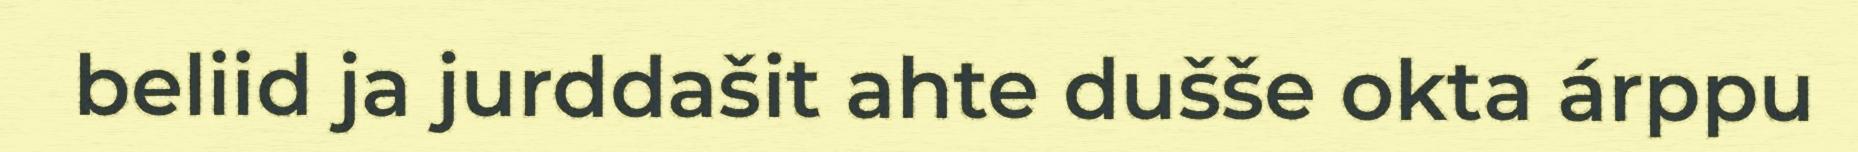
beliid ja jurddašit ahte dušše okta árppu